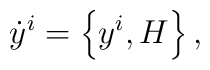
\dot{y}^i=\left\{ y^i,H \right\} ,